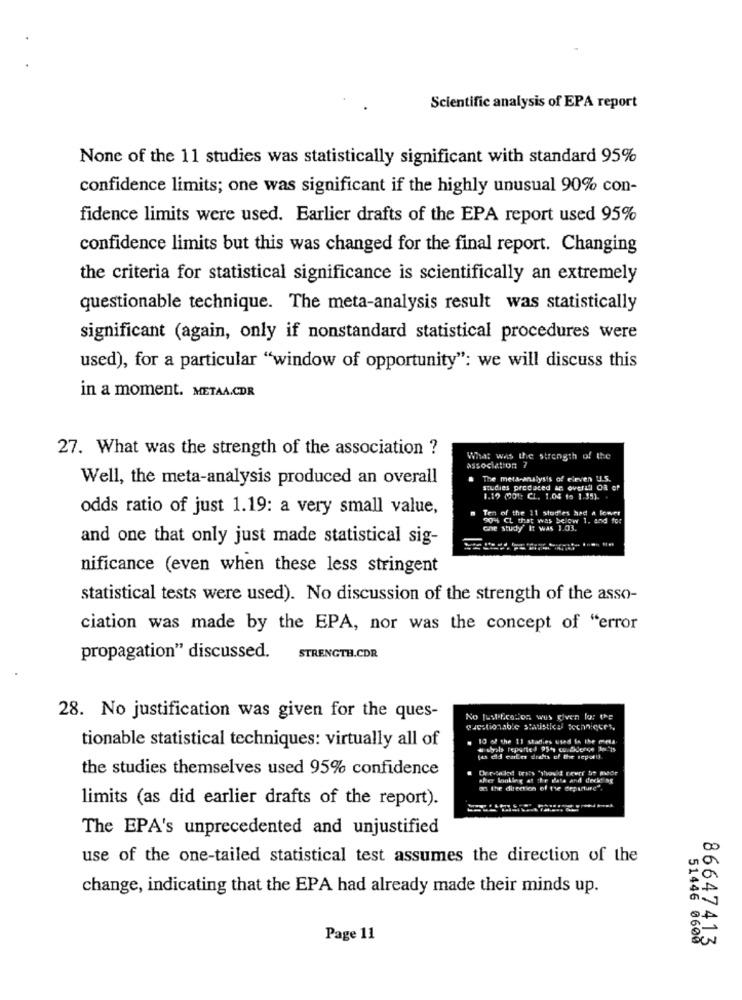
Scientific analysis of EPA report
None of the 11 studies was statistically significant with standard 95%
confidence limits; one was significant if the highly unusual 90% con-
fidence limits were used. Earlier drafts of the EPA report used 95%
confidence limits but this was changed for the final report. Changing
the criteria for statistical significance is scientifically an extremely
questionable technique. The meta-analysis result was statistically
significant (again, only if nonstandard statistical procedures were
used), for a particular "window of opportunity": we will discuss this
in a moment. METAA.CDR
27. What was the strength of the association ?
What was the strength of the
association 7
Well, the meta-analysis produced an overall
The meta-analysis of eleven U.S.
studies produced an overall Oa of
1.19 (01: CL. 1.04 to 1.35).
odds ratio of just 1.19: a very small value,
Ten of the 11 studies had a lower
90% CL that was below 1. and for
che study" It was 1.03.
and one that only just made statistical sig-
nificance (even when these less stringent
statistical tests were used). No discussion of the strength of the asso-
ciation was made by the EPA, nor was the concept of "error
propagation" discussed.
STRENGTH.CDR
28. No justification was given for the ques-
No Justification was given lo: the
Questionable statistical techniques,
10 of the 11 stadies used in the meta
tionable statistical techniques: virtually all of
jas eld cartes drafts of the repotil
the studies themselves used 95% confidence
Orr-laled Inits 'showid rewer be made
after looking at the data and deciding
on the direction of the departure".
limits (as did earlier drafts of the report).
The EPA's unprecedented and unjustified
use of the one-tailed statistical test assumes the direction of the
change, indicating that the EPA had already made their minds up.
Page 11
51446 0608
86647413